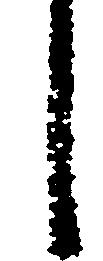
し